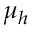
\mu _ { h }